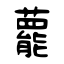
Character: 藣